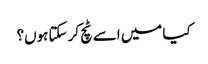
کیا میں اسے ٹچ کر سکتا ہوں؟